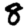
Digit: 8